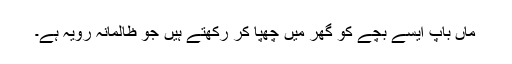
ماں باپ ایسے بچے کو گھر میں چھپا کر رکھتے ہیں جو ظالمانہ رویہ ہے۔